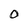
Character: 0